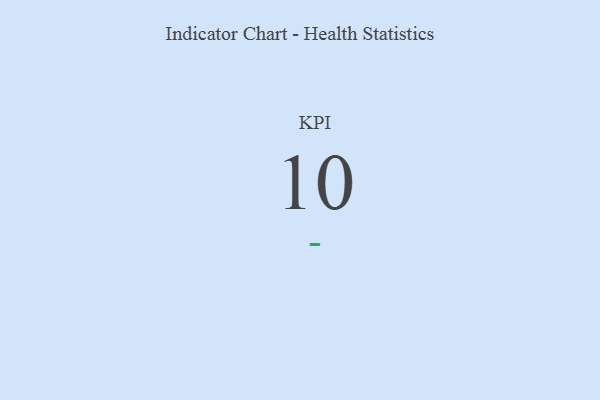
{"axis": {"x": "KPI", "y": "Value"}, "legend": [""], "data": [{"x": "KPI", "y": 10, "type": ""}]}